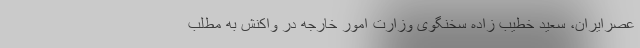
عصرایران، سعید خطیب زاده سخنگوی وزارت امور خارجه در واکنش به مطلب